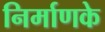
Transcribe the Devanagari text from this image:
निर्माणके